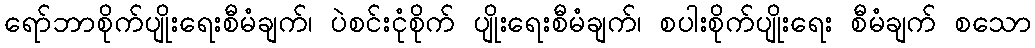
ရော်ဘာစိုက်ပျိုးရေးစီမံချက်၊ ပဲစင်းငုံစိုက် ပျိုးရေးစီမံချက်၊ စပါးစိုက်ပျိုးရေး စီမံချက် စသော